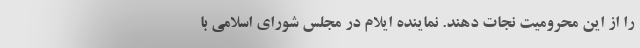
را از این محرومیت نجات دهند. نماینده ایلام در مجلس شورای اسلامی با